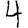
Digit: 4